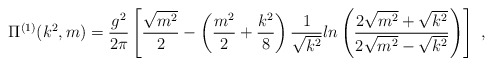
\begin{align*}\Pi^{(1)}(k^2,m) =\frac{g^2}{2\pi}\left[\frac{\sqrt{m^2}}{2}-\left(\frac{m^2}{2}+\frac{k^2}{8}\right)\frac{1}{\sqrt{k^2}}ln\left(\frac{2\sqrt{m^2}+\sqrt{k^2}}{2\sqrt{m^2}-\sqrt{k^2}}\right)\right]\ ,\end{align*}